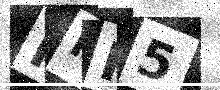
Text: NMH5